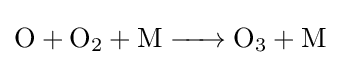
{\ce {O + O2 + M -> O3 + M}}